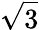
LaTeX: \sqrt{3}